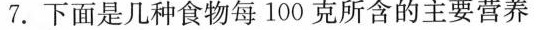
7.下面是几种食物每100克所含的主要营养